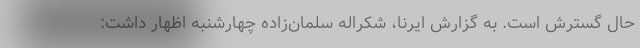
حال گسترش است. به گزارش ایرنا، شکراله سلمان‌زاده چهارشنبه اظهار داشت: